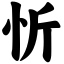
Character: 忻